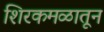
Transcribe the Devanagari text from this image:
शिरकमळातून